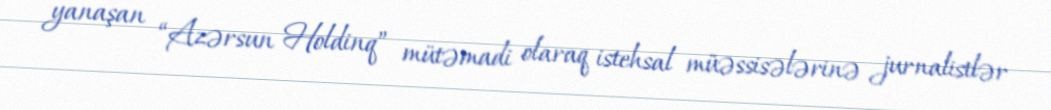
yanaşan “Azərsun Holdinq” mütəmadi olaraq istehsal müəssisələrinə jurnalistlər